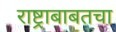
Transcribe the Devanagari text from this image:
राष्ट्राबाबतचा